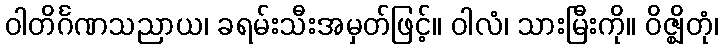
ဝါတိင်္ဂဏသညာယ၊ ခရမ်းသီးအမှတ်ဖြင့်။ ဝါလံ၊ သားမြီးကို။ ဝိဇ္ဈိတုံ၊